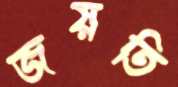
জয়তি